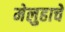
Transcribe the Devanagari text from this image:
मेलुहाचे